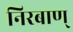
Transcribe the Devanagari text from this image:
निरबाण्